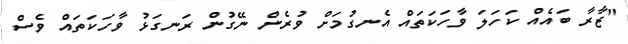
"ޒާރާ ބައެއް ކަހަލަ ވާހަކަތައް އެނގުމަށް ވުރެން ނޭގުން ރަނގަޅު ވާހަކަތައް ވެސް